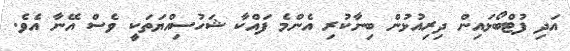
އަދި ފުޓްބޯޅައިން ދިރިއުޅުން ބިނާކުރި އެންމެ ފައްކާ ޝަހުސިއްޔަތަކީ ވެސް އޭނާ އެވެ.